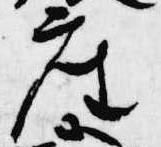
座